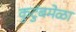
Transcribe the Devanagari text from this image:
कुटुंबमेळा